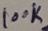
Text: 100K